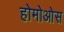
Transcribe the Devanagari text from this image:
होमोओस